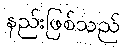
နည်းဖြစ်သည်